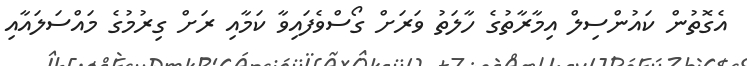
އެގޮތުން ކައުންސިލް އިމާރާތުގެ ހާލަތު ވަރަށް ގޯސްވެފައިވާ ކަމާއި ރަށް ގިރުމުގެ މައްސަލައާއި